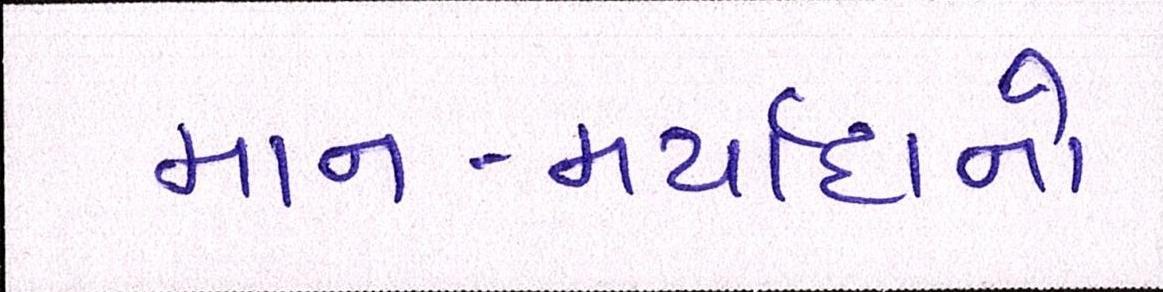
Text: માન-મર્યાદાનો